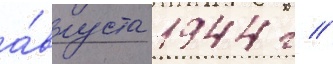
а́вгуста 1944 г //